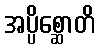
အပ္ပိစ္ဆောတိ